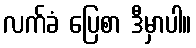
လက်ခံ ပြေစာ ဒီမှာပါ။